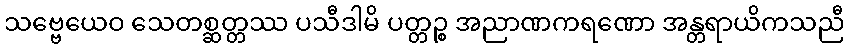
သဗ္ဗေယေဝ သေတစ္ဆတ္တဿ ပသီဒါမိ ပတ္တဉ္စ အညာဏကရဏော အန္တရာယိကသညီ